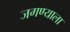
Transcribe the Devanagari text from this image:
जगण्याला